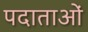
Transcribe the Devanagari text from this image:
पदाताओं